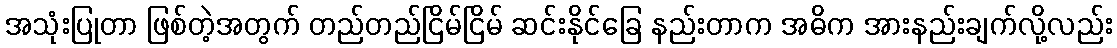
အသုံးပြုတာ ဖြစ်တဲ့အတွက် တည်တည်ငြိမ်ငြိမ် ဆင်းနိုင်ခြေ နည်းတာက အဓိက အားနည်းချက်လို့လည်း